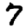
Digit: 7